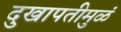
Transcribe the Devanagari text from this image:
दुखापतीमुळं